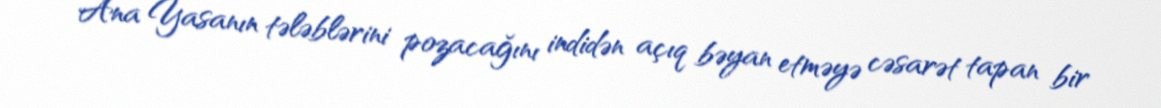
Ana Yasanın tələblərini pozacağını indidən açıq bəyan etməyə cəsarət tapan bir